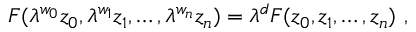
F ( \lambda ^ { w _ { 0 } } z _ { 0 } , \lambda ^ { w _ { 1 } } z _ { 1 } , \ldots , \lambda ^ { w _ { n } } z _ { n } ) = \lambda ^ { d } F ( z _ { 0 } , z _ { 1 } , \ldots , z _ { n } ) \ ,